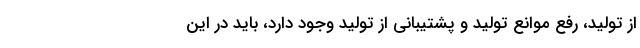
از تولید، رفع موانع تولید و پشتیبانی از تولید وجود دارد، باید در این